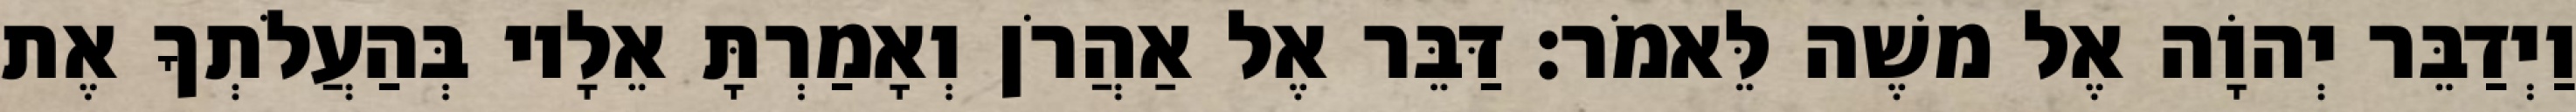
וַיְדַבֵּר יְהוָֹה אֶל משֶׁה לֵּאמֹר׃ דַּבֵּר אֶל אַהֲרֹן וְאָמַרְתָּ אֵלָיו בְּהַעֲלֹתְךָ אֶת